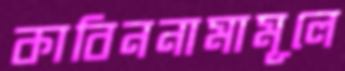
কাবিননামামূলে